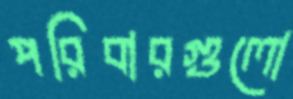
পরিবারগুলো